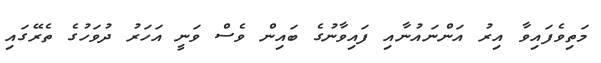
މަތިވެފައިވާ އިރު އަންނައުނާއި ފައިވާނުގެ ބައިން ވެސް ވަނީ އަހަރު ދުވަހުގެ ތެރޭގައި